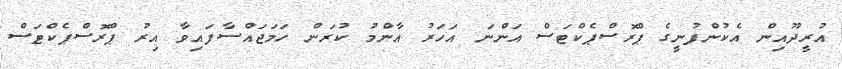
އުރީދޫއިން އެކުންފުނީގެ ޕްރޮސްޕެކްޓަސް އަންނަ އަހަރު އާންމު ކުރަން ހަމަޖައްސާފައިވާ އިރު ޕްރޮސްޕެކްޓަސް